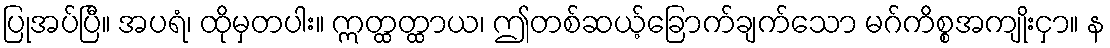
ပြုအပ်ပြီ။ အပရံ၊ ထိုမှတပါး။ ဣတ္ထတ္ထာယ၊ ဤတစ်ဆယ့်ခြောက်ချက်သော မဂ်ကိစ္စအကျိုးငှာ။ န